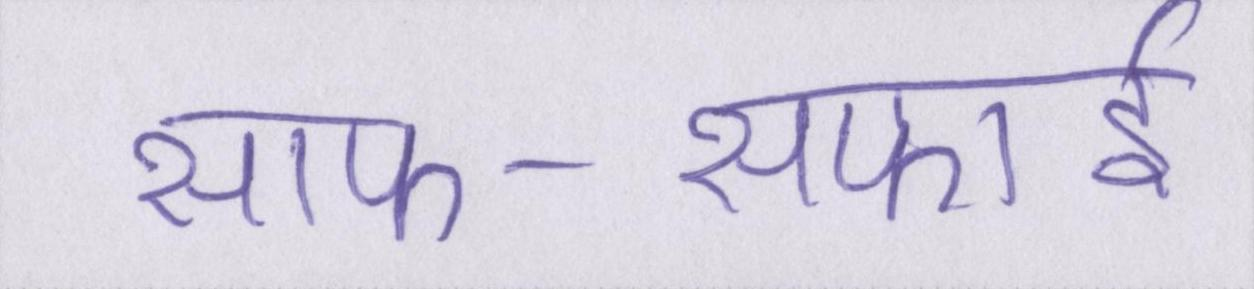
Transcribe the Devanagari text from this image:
साफ-सफाई